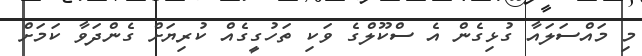
މި މައްސަލައާ ގުޅިގެން އެ ސްކޫލްގެ ވަކި ތަހުގީގެއް ކުރިޔަށް ގެންދަވާ ކަމަށް